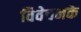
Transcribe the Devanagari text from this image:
विवेचनके